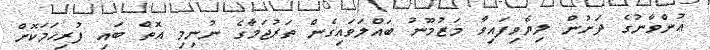
ޢުންވާނުގެ ދަށުން ލިޔެވިފައިވާ މަޒުމޫނު ބައްލަވައިގެން ތަރުޖަމާގެ ނުނިމި އޮތް ބައި ފުރިހަމަކޮށް